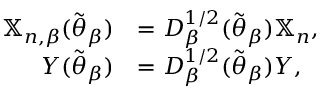
\begin{array} { r l } { \mathbb { X } _ { n , \beta } ( \widetilde { \boldsymbol { \theta } } _ { \beta } ) } & { = \boldsymbol { D } _ { \beta } ^ { 1 / 2 } ( \widetilde { \boldsymbol { \theta } } _ { \beta } ) \mathbb { X } _ { n } , } \\ { \boldsymbol { Y } ( \widetilde { \boldsymbol { \theta } } _ { \beta } ) } & { = \boldsymbol { D } _ { \beta } ^ { 1 / 2 } ( \widetilde { \boldsymbol { \theta } } _ { \beta } ) \boldsymbol { Y } , } \end{array}